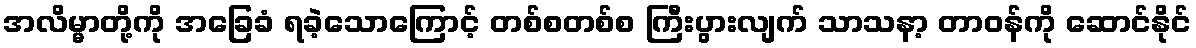
အလိမ္မာတို့ကို အခြေခံ ရခဲ့သောကြောင့် တစ်စတစ်စ ကြီးပွားလျက် သာသနာ့ တာဝန်ကို ဆောင်နိုင်